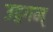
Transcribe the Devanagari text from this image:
उद्गगम्